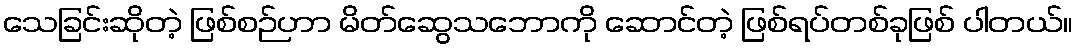
သေခြင်းဆိုတဲ့ ဖြစ်စဉ်ဟာ မိတ်ဆွေသဘောကို ဆောင်တဲ့ ဖြစ်ရပ်တစ်ခုဖြစ် ပါတယ်။